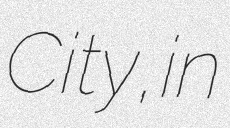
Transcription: City, in